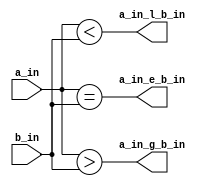
`timescale 1ns / 1ps
//////////////////////////////////////////////////////////////////////////////////
// Company: 
// Engineer: 
// 
// Design Name: 
// Module Name: comparator_4bit
// Project Name: 
// Target Devices: 
// Tool Versions: 
// Description: 
// 
// Dependencies: 
// 
// Revision:
// Revision 0.01 - File Created
// Additional Comments:
// 
//////////////////////////////////////////////////////////////////////////////////


module comparator_4bit#(parameter DATA_WIDTH=4)
                        (input [DATA_WIDTH-1:0] a_in,
                         input [DATA_WIDTH-1:0] b_in,
                         output  a_in_g_b_in,
                         output  a_in_e_b_in,
                         output  a_in_l_b_in);
                        
assign a_in_e_b_in=(a_in ==b_in);
assign a_in_g_b_in=(a_in>b_in);
assign a_in_l_b_in=(a_in<b_in);
endmodule